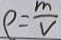
\rho = \frac { m } { V }